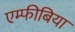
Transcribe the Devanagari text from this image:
एम्फीबिया